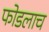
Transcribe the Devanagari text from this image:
फोडलाच